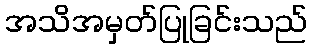
အသိအမှတ်ပြုခြင်းသည်